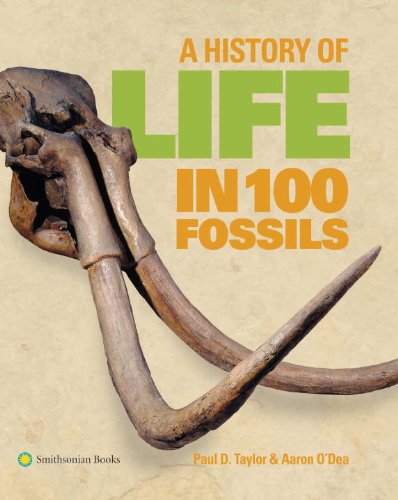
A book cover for A History of Life in 100 Fossils; Paul D. Taylor; Science & Math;